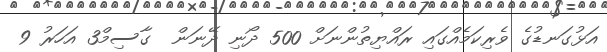
އަޅުގަނޑުގެ ވެރިކަމެއްގައި ރައްޔިތުންނަށް 500 ދޯނި ދޭނަން  ގާސިމް3 އަހަރު 9